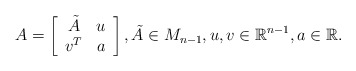
\begin{align*} A=\left[\begin{array}{cc} \tilde{A} & u\\ v^T & a\end{array}\right], \tilde{A}\in M_{n-1},u,v\in \mathbb{R}^{n - 1}, a\in \mathbb{R}.\end{align*}